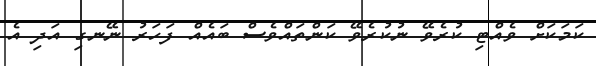
ކަމަކަށް ވެއްޓި ކުރެވޭ ނުކުރެވޭ ކަންތައްވެސް ބައެއް ފަހަރު ނޭނގި އަދި އެ